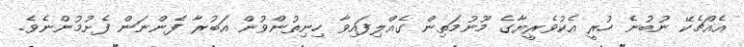
އެއްޗެކޭ ނުބުނެ ހުރީ އެކުވެރީޔާގެ މޫނުމަތިން ގެއްލިފައިވާ ހިނިތުންވުން އަބުރާ ފެންނަން ފެށުމުންނެވެ.